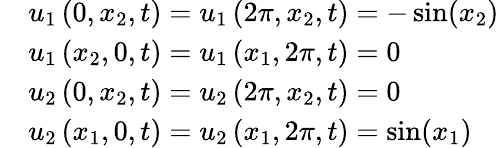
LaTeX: \begin{array}{rl}&{u_{1}\left(0,{{x}_{2}},t\right)=u_{1}\left(2\pi,{{x}_{2}},t\right)=-\sin(x_{2})}\\ &{u_{1}\left({{x}_{2}},0,t\right)=u_{1}\left({{x}_{1}},2\pi,t\right)=0}\\ &{u_{2}\left(0,{{x}_{2}},t\right)=u_{2}\left(2\pi,{{x}_{2}},t\right)=0}\\ &{u_{2}\left({{x}_{1}},0,t\right)=u_{2}\left({{x}_{1}},2\pi,t\right)=\sin(x_{1})}\end{array}